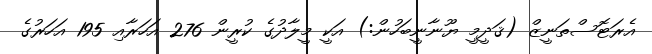
އެރަޓޮސްތަނީޒް (ޤަދީމީ ޔޫނާނީބަހުން:) އަކީ މީލާދުގެ ކުރީން 276 އަހަރާއި 195 އަހަރުގެ